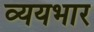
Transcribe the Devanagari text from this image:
व्ययभार